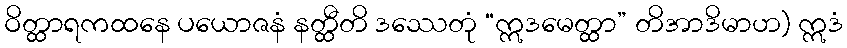
ဝိတ္ထာရကထနေ ပယောဇနံ နတ္ထီတိ ဒဿေတုံ “ဣဒမေတ္ထာ” တိအာဒိမာဟ) ဣဒံ